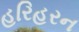
હરિહરન